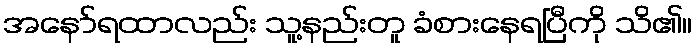
အနော်ရထာလည်း သူ့နည်းတူ ခံစားနေရပြီကို သိ၏။